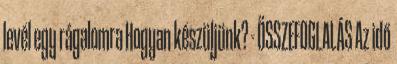
levél egy rágalomra Hogyan készüljünk? - ÖSSZEFOGLALÁS Az idő